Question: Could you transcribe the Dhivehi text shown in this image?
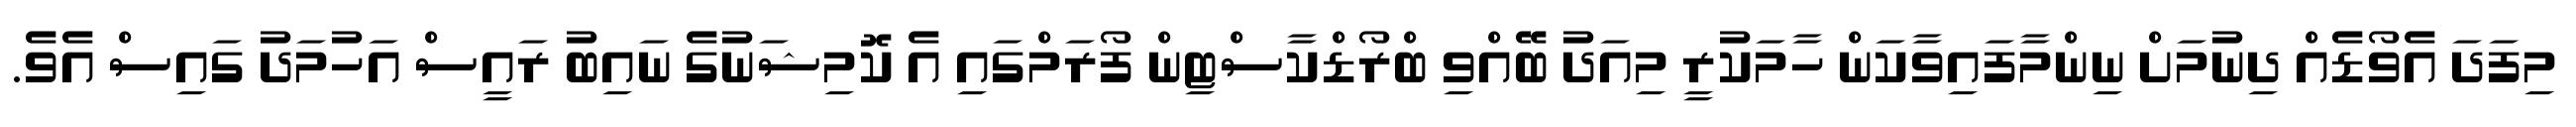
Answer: މިފަދަ އެވޯޑެއް ދިނުމަށް ނިންމާފައިވާކަން ހާމަކުރީ މިއަދު ބޭއްވި ބްރޯޑްކާސްޓިން ފޯރަމްގައި އެ ކޮމިޝަނުގެ ނައިބު ރައީސް އަހުމަދު ގައިސް އެވެ.